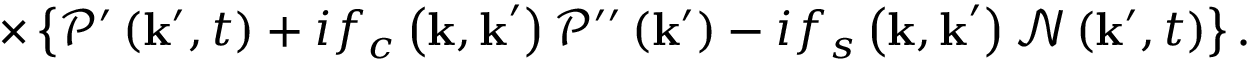
\times \left\{ \mathcal { P } ^ { \prime } \left( \mathbf { k } ^ { \prime } , t \right) + i f _ { c } \left( \mathbf { k , k } ^ { \prime } \right) \mathcal { P } ^ { \prime \prime } \left( \mathbf { k } ^ { \prime } \right) - i f _ { s } \left( \mathbf { k , k } ^ { \prime } \right) \mathcal { N } \left( \mathbf { k } ^ { \prime } , t \right) \right\} .